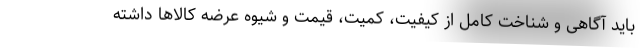
باید آگاهی و شناخت کامل از کیفیت، کمیت، قیمت و شیوه عرضه کالاها داشته